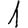
Digit: 1